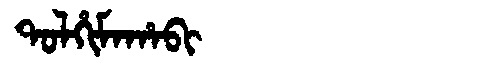
Manchu: ᡨᠣᠯᡥᡳᠮᠠᡥᠠᠪᡳ
Romanization: TOLHIMAHABI